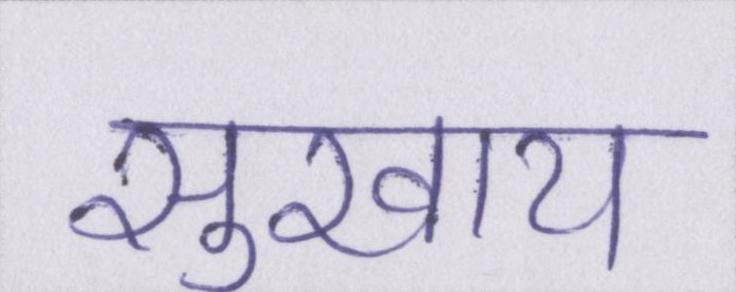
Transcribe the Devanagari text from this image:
सुखाय